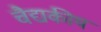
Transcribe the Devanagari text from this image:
चैद्यकीय